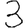
Digit: 3